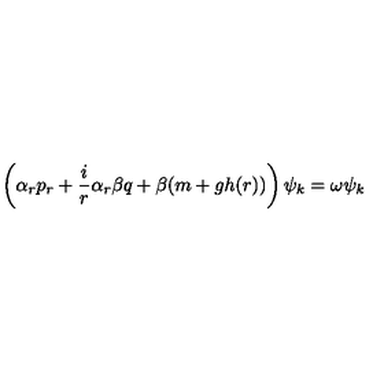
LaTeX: \left( \alpha _ { r } p _ { r } + \frac { i } { r } \alpha _ { r } \beta q + \beta ( m + g h ( r ) ) \right) \psi _ { k } = \omega \psi _ { k }